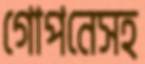
গোপনেসহ